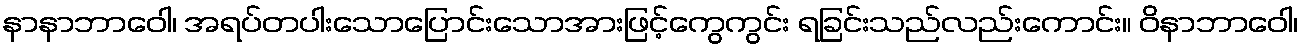
နာနာဘာဝေါ၊ အရပ်တပါးသောပြောင်းသောအားဖြင့်ကွေကွင်း ရခြင်းသည်လည်းကောင်း။ ဝိနာဘာဝေါ၊